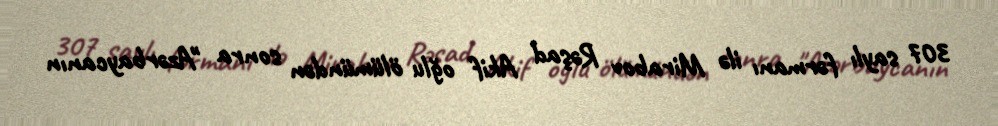
307 saylı fərmanı ilə Mirabov Rəşad Akif oğlu ölümündən sonra "Azərbaycanın